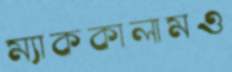
ম্যাককালামও